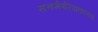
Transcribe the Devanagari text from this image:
सत्कर्मपरिपाकाच्च